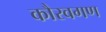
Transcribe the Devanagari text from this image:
कौरवगण